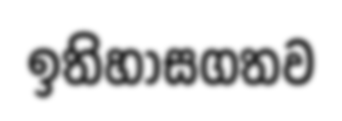
ඉතිහාසගතව